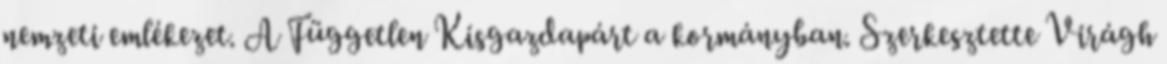
nemzeti emlékezet. A Független Kisgazdapárt a kormányban. Szerkesztette Virágh